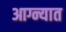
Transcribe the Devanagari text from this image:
आग्न्यात